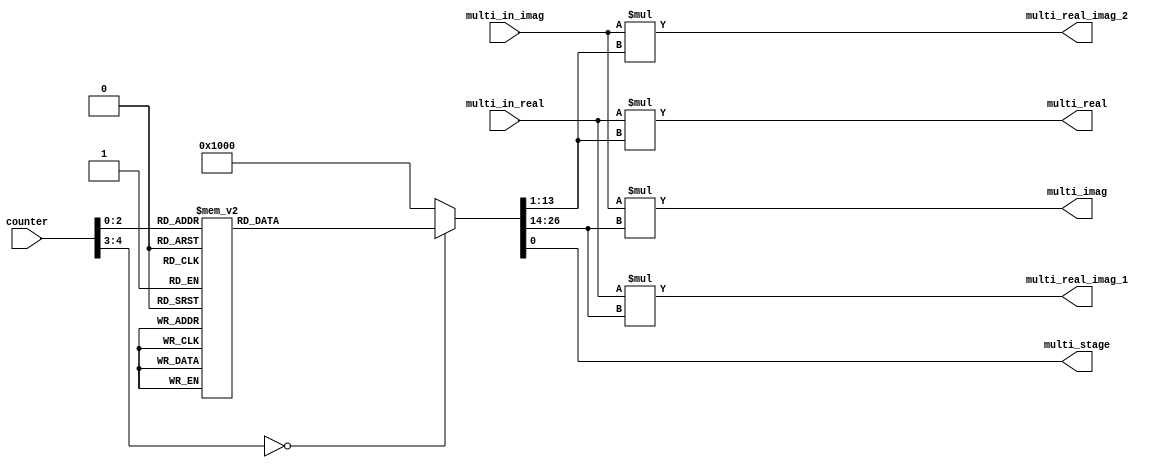
`timescale 1ns / 1ps
//////////////////////////////////////////////////////////////////////////////////
// Company: 
// Engineer: 
// 
// Design Name: 
// Module Name: s3_fsm_multiplier
// Project Name: 
// Target Devices: 
// Tool Versions: 
// Description: 
// 
// Dependencies: 
// 
// Revision:
// Revision 0.01 - File Created
// Additional Comments:
// 
//////////////////////////////////////////////////////////////////////////////////


module s3_fsm_multiplier(
                            counter,
                            multi_in_real,
                            multi_in_imag,
                            multi_real,
                            multi_imag,
                            multi_real_imag_1,
                            multi_real_imag_2,
                            multi_stage
                          );
    input signed [4:0] counter;
    input signed [13:0] multi_in_real; // s0.13
    input signed [13:0] multi_in_imag;
    output signed [26:0] multi_real;
    output signed [26:0] multi_imag;
    output signed [26:0] multi_real_imag_1;
    output signed [26:0] multi_real_imag_2;
    output multi_stage;
    
    reg multi_stage;    
    reg signed [26:0] multi_real;
    reg signed [26:0] multi_imag;
    reg signed [26:0] multi_real_imag_1;
    reg signed [26:0] multi_real_imag_2;
    reg signed [12:0] twiddle_real;    // s1.11
    reg signed [12:0] twiddle_imag;
    reg out_mode;
    
    always@(*) begin
        // mode: 1 or 0
        // 1: Multiplication, 0: bypass operation
        case(counter)
            5'd0:begin
                out_mode = 1;
                twiddle_real =  13'd2048;
                twiddle_imag =  13'd0;
            end
            5'd1:begin
                out_mode = 1;
                twiddle_real =  13'd1448;
                twiddle_imag = -13'd1449;
            end
            5'd2:begin
                out_mode = 1;
                twiddle_real =  13'd0;
                twiddle_imag = -13'd2048;
            end
            5'd3:begin
                out_mode = 1;
                twiddle_real = -13'd1449;
                twiddle_imag = -13'd1449;
            end
            5'd4:begin
                out_mode = 0;
                twiddle_real =  13'd2048;
                twiddle_imag =  13'd0;
            end
            5'd5:begin
                out_mode = 0;
                twiddle_real =  13'd2048;
                twiddle_imag =  13'd0;
            end
            5'd6:begin
                out_mode = 0;
                twiddle_real =  13'd2048;
                twiddle_imag =  13'd0;
            end
            5'd7:begin
                out_mode = 0;
                twiddle_real =  13'd2048;
                twiddle_imag =  13'd0;
            end
            default:begin
                out_mode = 0;
                twiddle_real =  13'd2048;
                twiddle_imag =  13'd0;
            end
        endcase
    end
    
    always@(*)begin
        multi_stage <= out_mode;
        multi_real <= multi_in_real * twiddle_real;
        multi_imag <= multi_in_imag * twiddle_imag;
        multi_real_imag_1 <= multi_in_real * twiddle_imag;
        multi_real_imag_2 <= multi_in_imag * twiddle_real;
    end
    
endmodule